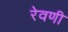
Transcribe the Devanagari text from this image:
रेवणी